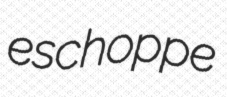
eschoppe